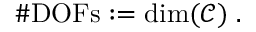
\# \mathrm { D O F s } : = \mathrm { d i m } ( \mathcal { C } ) \; .